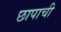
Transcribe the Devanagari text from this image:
छापाची